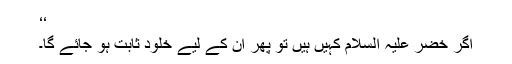
‘‘
اگر خضر علیہ السلام کہیں ہیں تو پھر ان کے لیے خلود ثابت ہو جائے گا۔